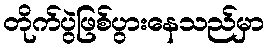
တိုက်ပွဲဖြစ်ပွားနေသည်မှာ